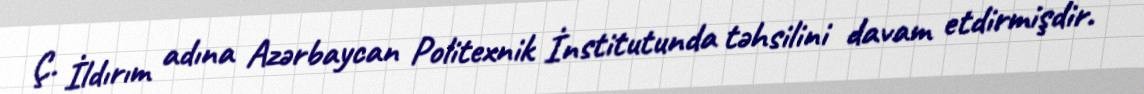
Ç. İldırım adına Azərbaycan Politexnik İnstitutunda təhsilini davam etdirmişdir.